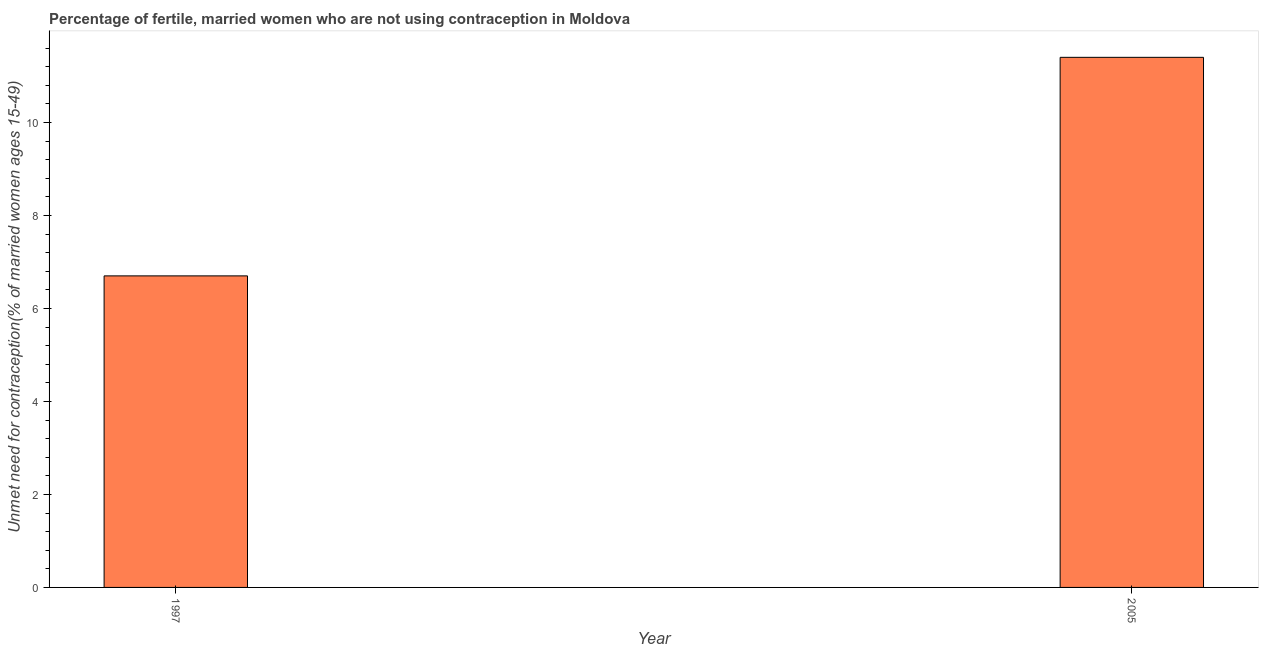
| Year | Unmet need for contraception |
 | --- | --- |
 | 1997 | 6.7 |
 | 2005 | 11.4 |